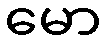
မော